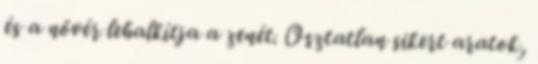
és a nővér lehalkítja a zenét. Osztatlan sikert aratok,